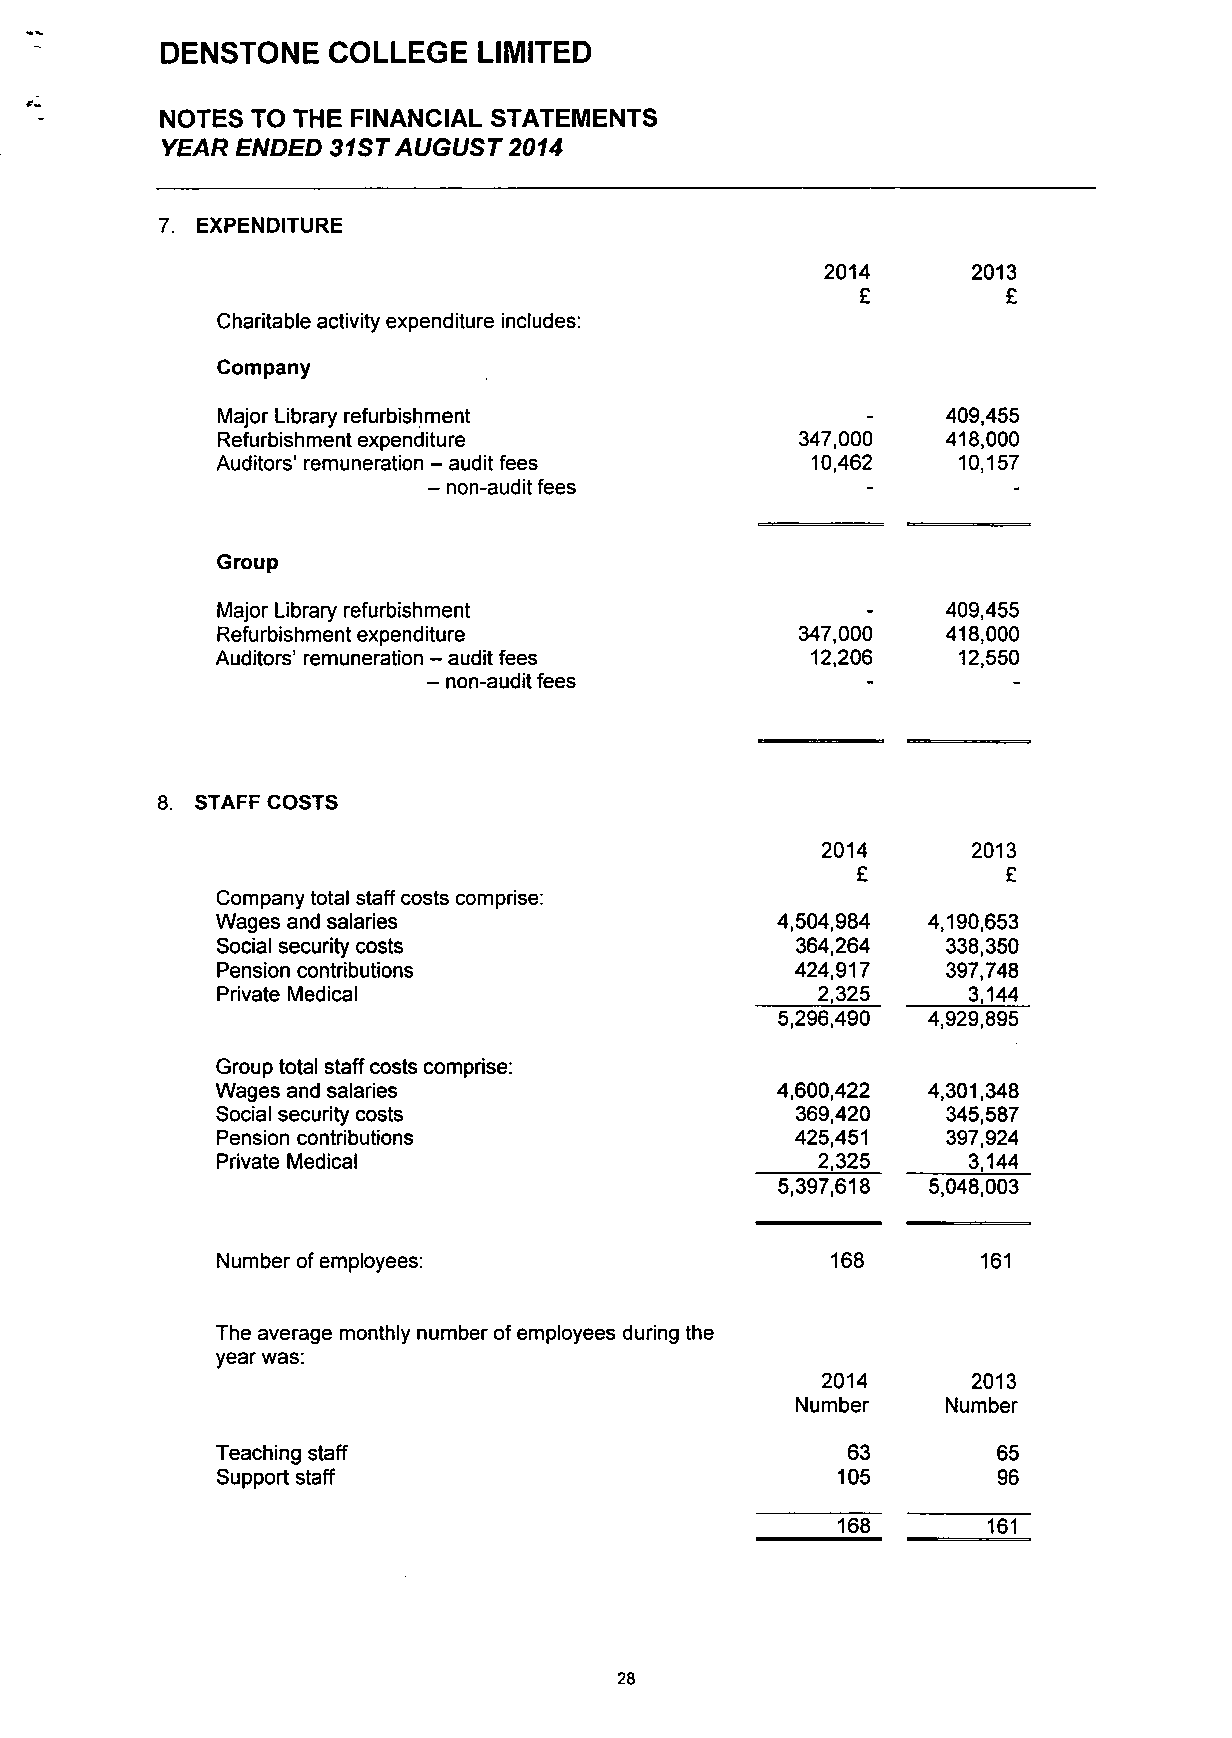
DENSTONE   COLLEGE   LIMITED
 NOTES TO THE FINANCIAL STATEMENTS
 YEAR ENDED 31ST AUGUST 2014
 7. EXPENDITURE
 2014     2013
 £         £
 Charitable activity expenditure includes:
 Company
 Major Library refurbishment                -     409,455
 Refurbishment expenditure              347,000   418,000
 Auditors'remuneration - audit fees      10,462   10,157
 - non-audit fees
 Group
 Major Library refurbishment                -     409,455
 Refurbishment expenditure              347,000   418,000
 Auditors' remuneration - audit fees     12,206   12,550
 - non-audit fees
 8. STAFF COSTS
 2014      2013
 £         £
 Company total staff costs comprise:
 Wages and salaries                   4,504,984 4,190,653
 Social security costs                  364,264   338,350
 Pension contributions                  424,917   397,748
 Private Medical                         2,325     3,144
 5,296,490 4,929,895
 Group total staff costs comprise:
 Wages and salaries                   4,600,422 4,301,348
 Social security costs                  369,420   345,587
 Pension contributions                  425,451   397,924
 Private Medical                         2,325     3,144
 5,397,618  5,048,003
 Number of employees:                     168       161
 The average monthly number of employees during the
 year was:
 2014      2013
 Number    Number
 Teaching staff                            63        65
 Support staff                            105        96
 168~      16T
 28